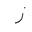
Letter: _zay